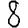
Digit: 8